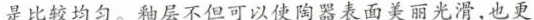
是比较均匀。釉层不但可以使陶器表面美丽光滑，也更